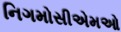
નિગમોસીએમઓ